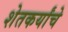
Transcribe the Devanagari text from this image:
शेतकर्यांचे